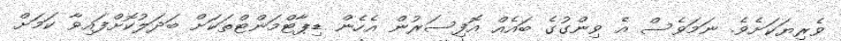
ވެރިޔަކަށެވެ. ނަމަވެސް އެ ވިންގުގެ ބައެއް އޮފިސަރުން އެހެން ޑިޕާޓްމަންޓްތަކަށް ބަދަލުކޮށްފައިވާ ކަމަށް